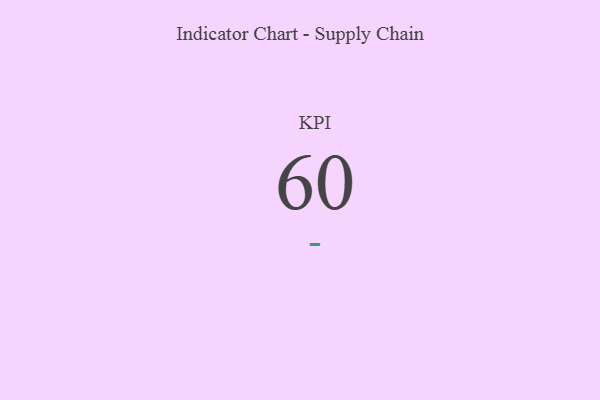
{"axis": {"x": "KPI", "y": "Value"}, "legend": [""], "data": [{"x": "KPI", "y": 60, "type": ""}]}